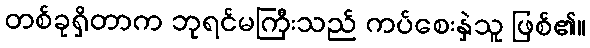
တစ်ခုရှိတာက ဘုရင်မကြီးသည် ကပ်စေးနှဲသူ ဖြစ်၏။